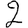
Digit: 2